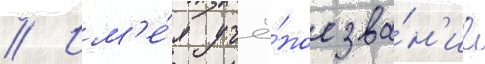
// Им'е́я учё́ное зва́н'ие